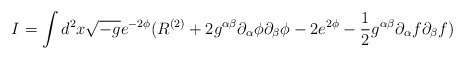
\begin{align*}I= \int d^2 x \sqrt{-g} e^{- 2 \phi} ( R^{(2)} + 2 g^{\alpha \beta}\partial_{\alpha} \phi \partial_{\beta} \phi - 2 e^{2 \phi}- \frac{1}{2} g^{\alpha \beta} \partial_{\alpha} f \partial_{\beta} f)\end{align*}